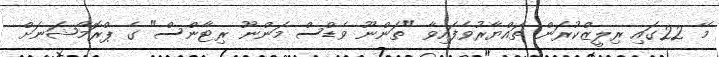
މޭ 22ގައި ރިލީޒްކުރަން ތައްޔާރުވެފައިވާ "ތަންނޫ ވެޑްސް މަންނޫ ރިޓާންސް" ގެ ޕްރޮމޯޝަނަށް